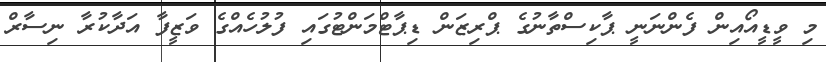
މި ވީޑީއޯއިން ފެންނަނީ ޕާކިސްތާނުގެ ޕްރިޒަން ޑިޕާޓްމަންޓުގައި ފުލުހެއްގެ ވަޒީފާ އަދާކުރާ ނިސާރް